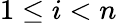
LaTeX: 1\leq i<n